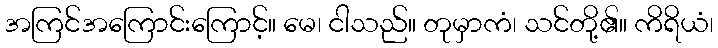
အကြင်အကြောင်းကြောင့်။ မေ၊ ငါသည်။ တုမှာကံ၊ သင်တို့၏။ ကိရိယံ၊